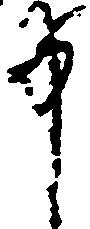
中